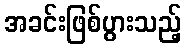
အခင်းဖြစ်ပွားသည့်